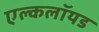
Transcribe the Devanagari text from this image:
एल्कलॉयड